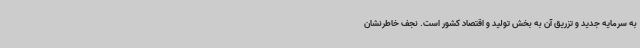
به سرمایه جدید و تزریق آن به بخش تولید و اقتصاد کشور است. نجف خاطرنشان